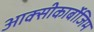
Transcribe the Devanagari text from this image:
आक्‍सीकार्बोजिम